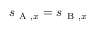
s _ { \mathrm { ~ A ~ } , x } = s _ { \mathrm { ~ B ~ } , x }